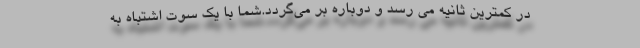
در کمترین ثانیه می رسد و دوباره بر می‌گردد.شما با یک سوت اشتباه به